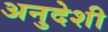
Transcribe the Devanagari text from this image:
अनुदेशी